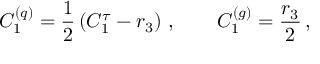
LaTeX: C _ { 1 } ^ { ( q ) } = \frac { 1 } { 2 } \left( C _ { 1 } ^ { \tau } - r _ { 3 } \right) \, , \qquad C _ { 1 } ^ { ( g ) } = \frac { r _ { 3 } } { 2 } \, ,